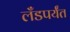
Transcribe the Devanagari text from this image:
लँडपर्यंत